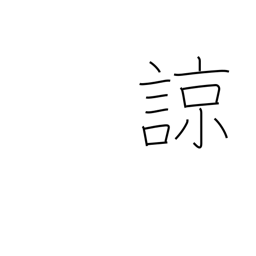
Meaning: understand